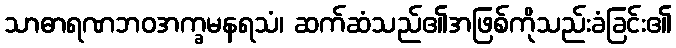
သာဓာရဏဘဝအက္ခမနရသံ၊ ဆက်ဆံသည်၏အဖြစ်ကိုသည်းခံခြင်း၏